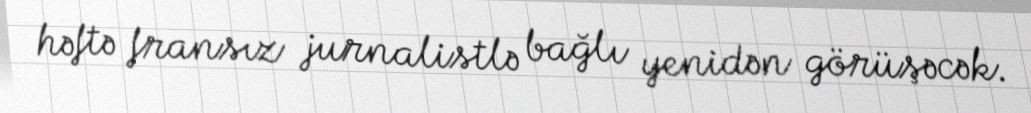
həftə fransız jurnalistlə bağlı yenidən görüşəcək.